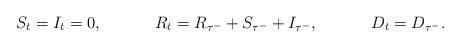
LaTeX: \begin{align*}&S_t = I_t = 0, & &R_t = R_{\tau^-} + S_{\tau^-} + I_{\tau^-}, & &D_t = D_{\tau^-}.\end{align*}